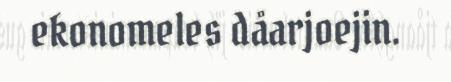
ekonomeles dåarjoejin.